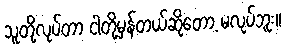
သူတို့လုပ်တာ ငါတို့မှန်တယ်ဆိုတော့ မလုပ်ဘူး။